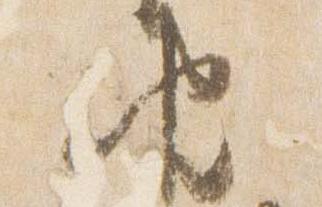
由